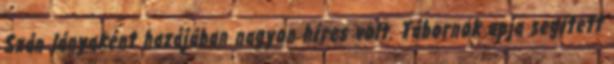
Szán lányaként hazájában nagyon híres volt. Tábornok apja segített